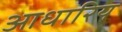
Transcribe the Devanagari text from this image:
आधारिय